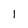
Character: l